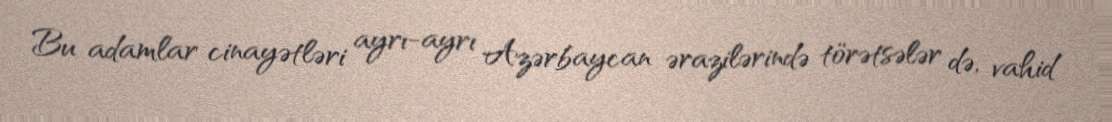
Bu adamlar cinayətləri ayrı-ayrı Azərbaycan ərazilərində törətsələr də, vahid